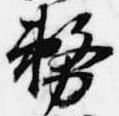
務